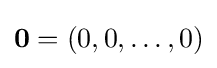
{\boldsymbol {0}}=(0,0,\ldots ,0)